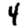
Digit: 4